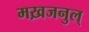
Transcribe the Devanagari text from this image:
मख़जनुल्